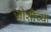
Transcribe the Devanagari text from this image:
जोशीच्या